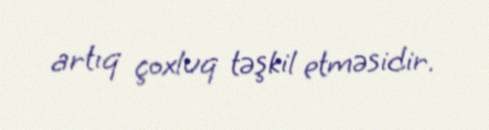
artıq çoxluq təşkil etməsidir.